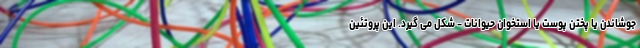
جوشاندن یا پختن پوست یا استخوان حیوانات - شکل می گیرد. این پروتئین